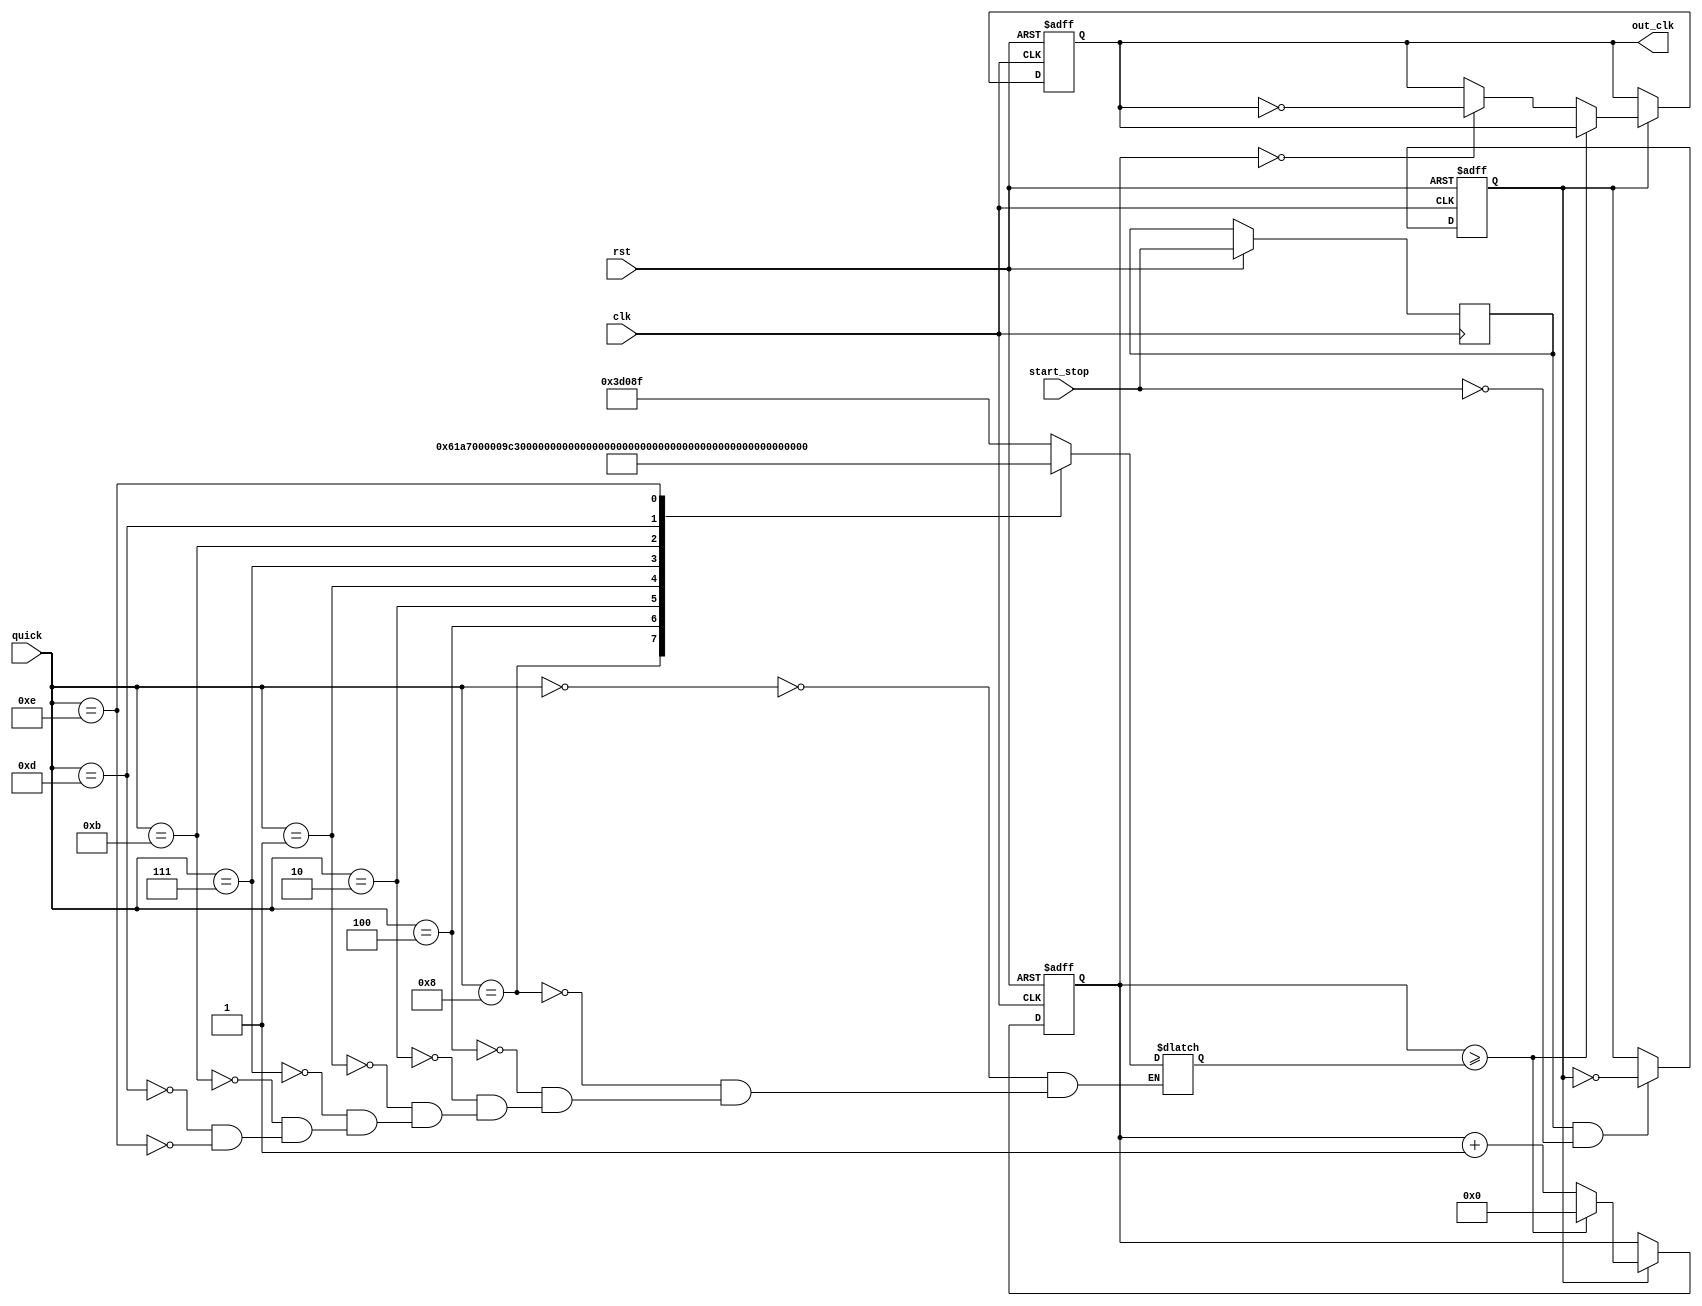
module clk_dll (
    rst,
    clk,
    quick,
    start_stop,
    out_clk
);

  input rst, clk, start_stop;
  input [3:0] quick;
  output reg out_clk;

  reg [31:0] half_cycle;
  parameter half_cycle_orig = 249999;

  reg pressed, enabled;
  reg [31:0] cnt_clk;

  always @(quick) begin
    case (quick)
      4'b0000: half_cycle <= half_cycle_orig;

      4'b1000: half_cycle <= half_cycle_orig / 10;
      4'b0100: half_cycle <= half_cycle_orig / 100;
      4'b0010: half_cycle <= half_cycle_orig / 1000;
      4'b0001: half_cycle <= half_cycle_orig / 10000;

      4'b0111: half_cycle <= (half_cycle_orig + 1) * 10 - 1;
      4'b1011: half_cycle <= (half_cycle_orig + 1) * 100 - 1;
      4'b1101: half_cycle <= (half_cycle_orig + 1) * 1000 - 1;
      4'b1110: half_cycle <= (half_cycle_orig + 1) * 10000 - 1;
    endcase
  end

  always @(posedge clk or negedge rst) begin
    if (!rst) begin
      enabled <= 0;
      out_clk <= 0;
      cnt_clk <= 0;
    end else begin
      if (pressed && !start_stop) enabled <= !enabled;
      pressed <= start_stop;

      if (enabled) begin
        cnt_clk <= cnt_clk + 1;
        if (cnt_clk >= half_cycle) cnt_clk <= 0;
        else if (cnt_clk == 0) out_clk <= !out_clk;
      end
    end
  end

endmodule